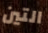
التين